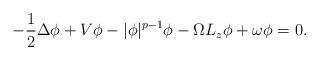
LaTeX: \begin{align*} -\frac{1}{2} \Delta \phi + V\phi - |\phi|^{p-1} \phi - \Omega L_z \phi + \omega \phi =0.\end{align*}